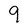
Character: 9